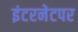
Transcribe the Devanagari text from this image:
इंटरनेटपर